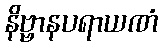
နိဗ္ဗာနပရာယဏံ